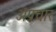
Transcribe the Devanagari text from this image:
अप्रचार